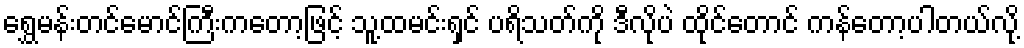
ရွှေမန်းတင်မောင်ကြီးကတော့ဖြင့် သူ့ထမင်းရှင် ပရိသတ်ကို ဒီလိုပဲ ထိုင်တောင် ကန်တော့ပါတယ်လို့